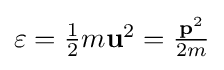
{\textstyle \varepsilon ={\frac {1}{2}}m\mathbf {u} ^{2}={\frac {\mathbf {p} ^{2}}{2m}}}